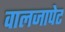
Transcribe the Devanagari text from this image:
वालजापेट